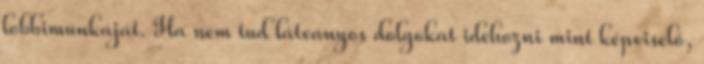
lobbimunkáját. Ha nem tud látvanyos dolgokat idehozni mint képviselő,